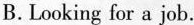
B.Looking for a job.